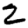
Digit: 2